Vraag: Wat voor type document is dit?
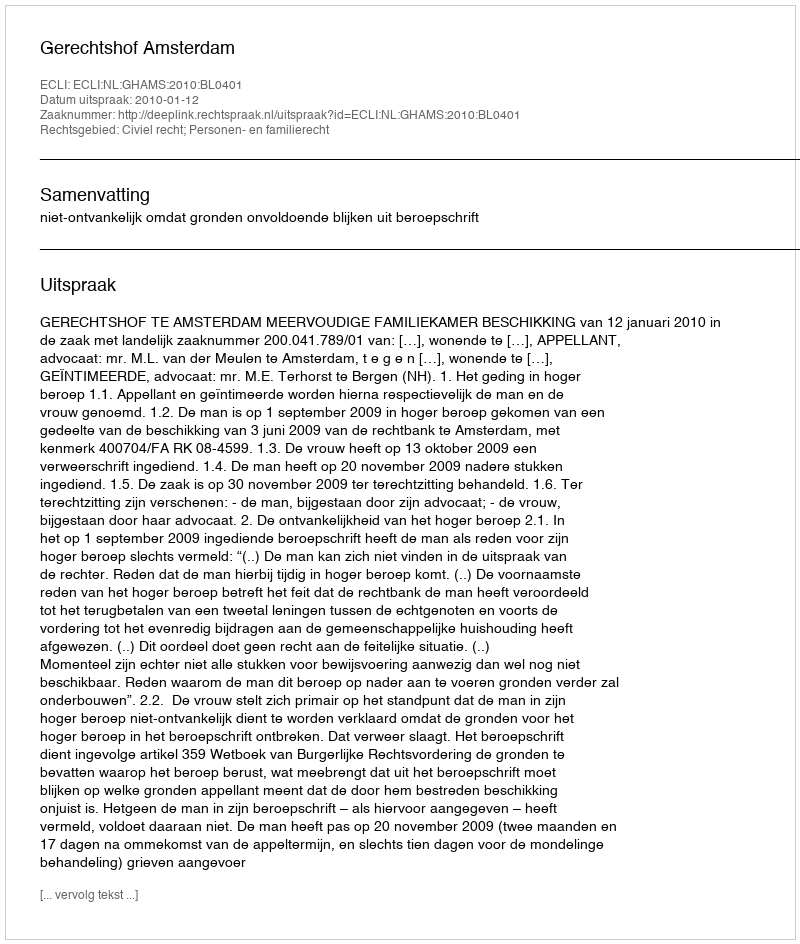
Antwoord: Uitspraak